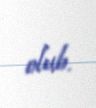
olub.